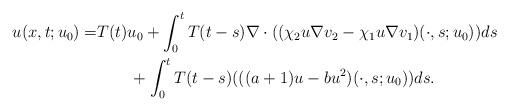
LaTeX: \begin{align*}u(x,t;u_0)=&T(t)u_0+\int_0^t T(t-s)\nabla\cdot((\chi_2u\nabla v_2-\chi_1 u\nabla v_1)(\cdot,s;u_0))ds\\&\qquad +\int_0^t T(t-s)(((a+1)u-bu^2)(\cdot,s;u_0))ds.\end{align*}